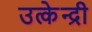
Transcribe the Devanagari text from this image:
उत्केन्द्री